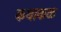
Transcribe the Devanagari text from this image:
कथाकळ